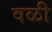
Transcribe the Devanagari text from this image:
वळी